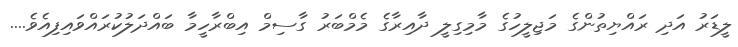
ލީޑަރު އަދި ރައްޔިތުންގެ މަޖިލީހުގެ މާމިގިލީ ދާއިރާގެ މެމްބަރު ގާސިމް އިބްރާހީމާ ބައްދަލުކުރައްވައިފިއެވެ....